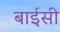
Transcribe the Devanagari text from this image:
बाईसी